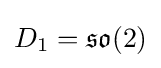
D_{1}={\mathfrak {so}}(2)